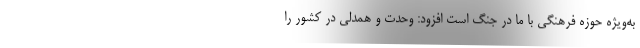
به‌ویژه حوزه فرهنگی با ما در جنگ است افزود: وحدت و همدلی در کشور را